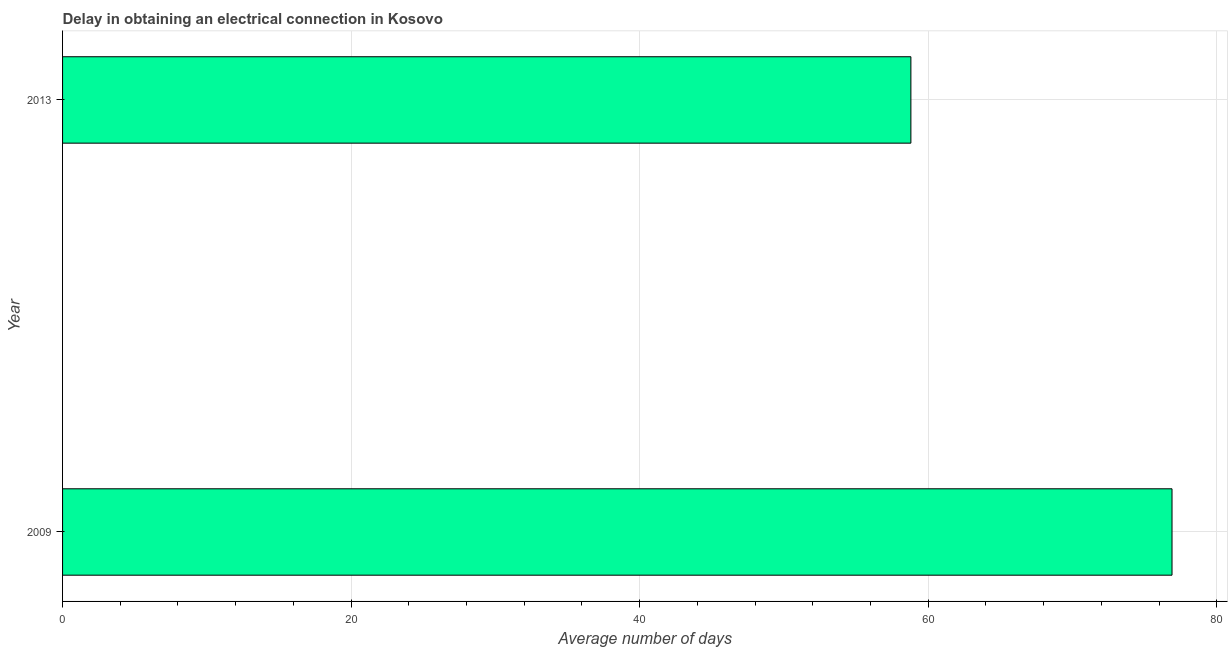
| Year | Dalay in Electrical connection |
 | --- | --- |
 | 2009 | 76.9 |
 | 2013 | 58.8 |